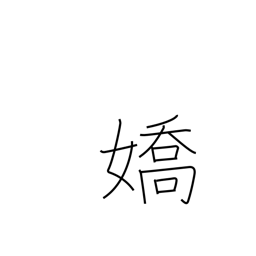
Meaning: attractive